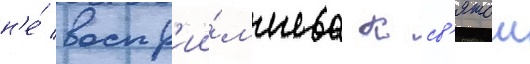
н'е́ воспр'ии́мчива к св'ятои